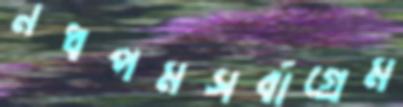
নধপমসর্বাগ্রেম